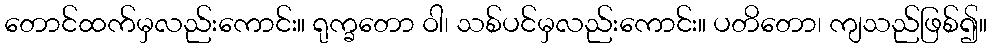
တောင်ထက်မှလည်းကောင်း။ ရုက္ခတော ဝါ၊ သစ်ပင်မှလည်းကောင်း။ ပတိတော၊ ကျသည်ဖြစ်၍။